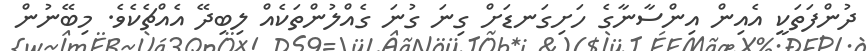
ދުންފަތަކީ އެއިން އިންސާނާގެ ހަށިގަނޑަށް ގިނަ ގުނަ ގެއްލުންތަކެއް ލިބިދޭ އެއްޗެކެވެ. މިބޭނުން